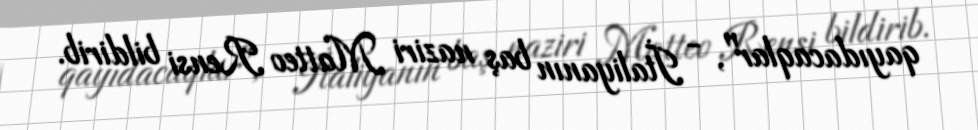
qayıdacaqlar", - İtaliyanın baş naziri Matteo Rensi bildirib.